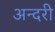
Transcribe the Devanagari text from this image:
अन्दरी